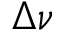
\Delta \nu